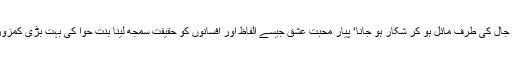
جنس مخالف کے لفظوں کے جال کی طرف مائل ہو کر شکار ہو جانا‘ پیار محبت عشق جیسے الفاظ اور افسانوں کو حقیقت سمجھ لینا بنتِ حوّا کی بہت بڑی کمزوری اور سادگی کا مظہر ہے۔